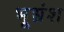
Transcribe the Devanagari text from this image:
भूभ्रंश